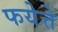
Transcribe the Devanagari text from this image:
फयेत्ते